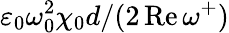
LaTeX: \varepsilon_{0}\omega_{0}^{2}\chi_{0}d/(2\operatorname{Re}\omega^{+})